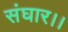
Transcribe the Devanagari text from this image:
संघार।।